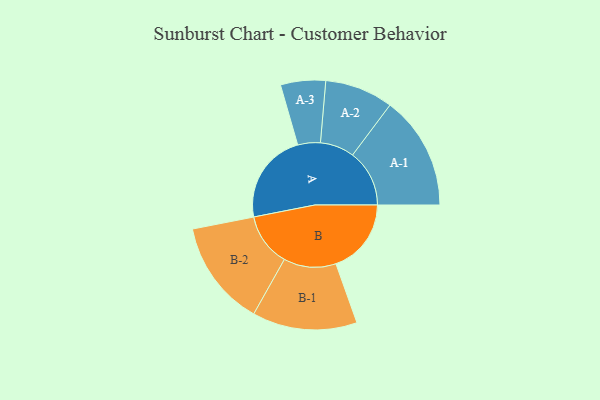
{"axis": {"x": "Segment", "y": "Value"}, "legend": ["", "A", "B"], "data": [{"x": "A", "y": 429, "type": ""}, {"x": "B", "y": 355, "type": ""}, {"x": "A-1", "y": 268, "type": "A"}, {"x": "A-2", "y": 161, "type": "A"}, {"x": "A-3", "y": 106, "type": "A"}, {"x": "B-1", "y": 247, "type": "B"}, {"x": "B-2", "y": 250, "type": "B"}]}